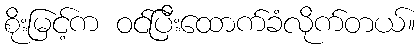
စိုးမြင့်က ဝင်ပြီးထောက်ခံလိုက်တယ်။